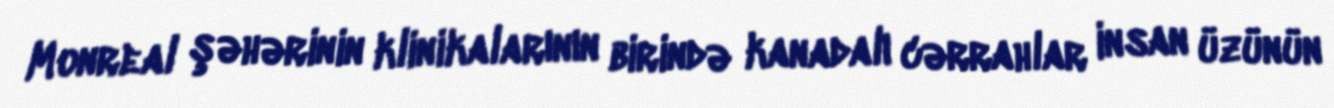
Monreal şəhərinin klinikalarının birində kanadalı cərrahlar insan üzünün